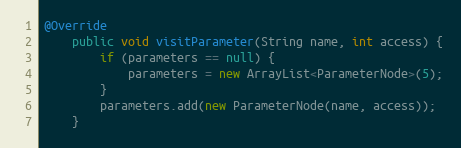
Language: Java
@Override
    public void visitParameter(String name, int access) {
        if (parameters == null) {
            parameters = new ArrayList<ParameterNode>(5);
        }
        parameters.add(new ParameterNode(name, access));
    }